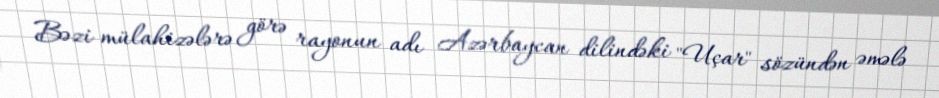
Bəzi mülahizələrə görə rayonun adı Azərbaycan dilindəki "Uçar" sözündən əmələ